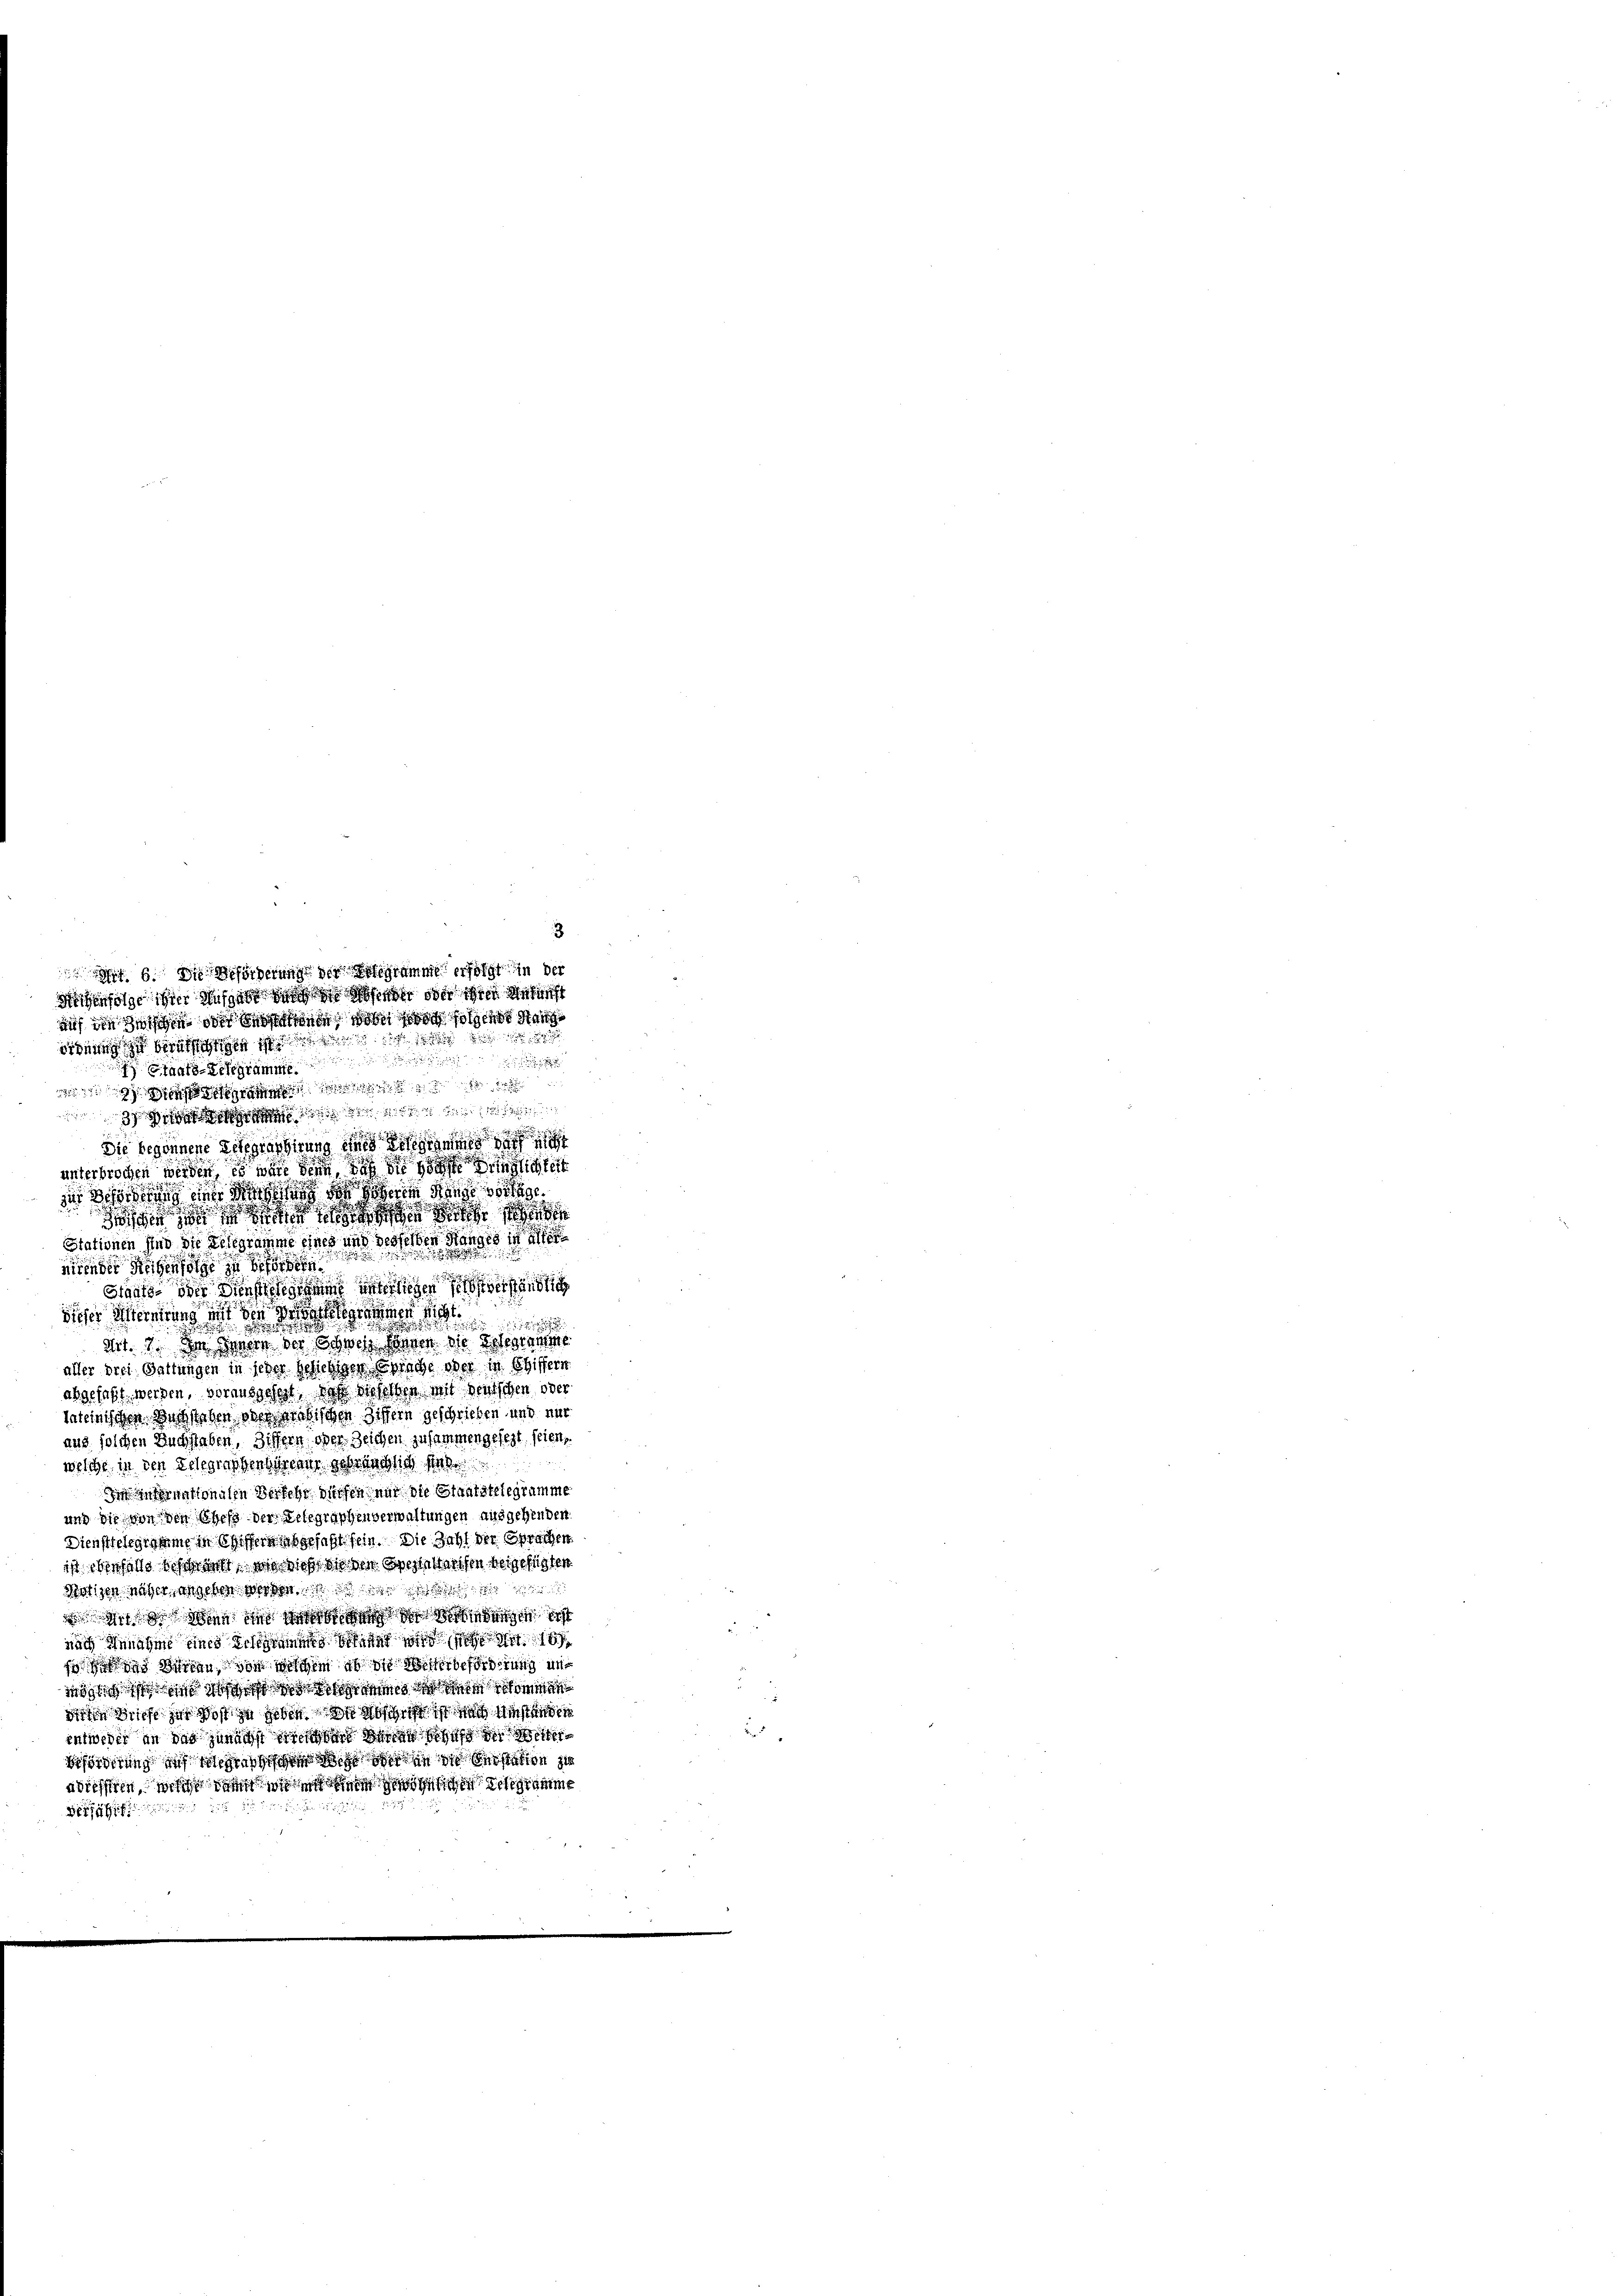
r
Sie begonnene Delegraffirung eines Eigen
unterbrochen werden, es weil den des die glichte
die Befung ein seine sehen Gange vorg

Stationen sind die Telegramme eines und desselben Stanges in

mender Reihenfolge zu bes
Staats- oder Diensteegsame unterliegen verständlic
dis und die zu werden

dit. 2. In den da doch an die einen
aller drei Gattungen in ihn schieben Sprache oder in Chiffern
abgefaßt werden, vorausgehet. Da dieselben mit deutschen oder
lateinischen Wechstehen oder ordischen Ziffern geschrieben und nur
aus solchen Buchstaben, Ziffern, oder Zeichen zusammengesezt seien,
welche in den Telegraphenberein sehr endlich stel
Die Internationalen Versehr dürfen nur die Staatstelegramme
und die von den Ohes der Telegraphenverwaltungen ausgehenden.
Dienstelegramme in Chiffern abgefaßt sein. Die Zahl der Sprachen
ist ebenfalls gehen, wo dieß des den Speisweisen beigelegten
Notizen näher, angeben werden des
osen in des
nach Annahme und schienen sich von 1
 Wien von geschen es in forderung un
1891
diffe nicht zur Post zu geben sicht sich gestander
intweder in das zweit miter die als
 ich den in den z
nächsten, noch den sie in den Seegramme

3
 6. Die förderung der Bestimme erfolgt in der
Reihenfolge ihrer Aussche durchen finde oder ihrer Gesucht
auch die Sichen die Stunde von so solang
in ich berichtige ist

rän